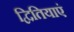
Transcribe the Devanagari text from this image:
द्वितियाएं